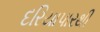
દરિયાપારથી